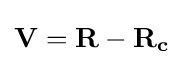
\mathbf {V} =\mathbf {R} -\mathbf {R_{c}}